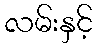
လမ်းနှင့်